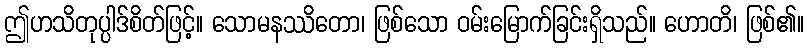
ဤဟသိတုပ္ပါဒ်စိတ်ဖြင့်။ သောမနဿိတော၊ ဖြစ်သော ဝမ်းမြောက်ခြင်းရှိသည်။ ဟောတိ၊ ဖြစ်၏။